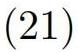
$(21)$